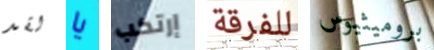
لقد يا إرتكب للفرقة بروميثيوس